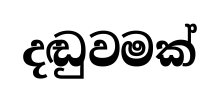
දඬුවමක්